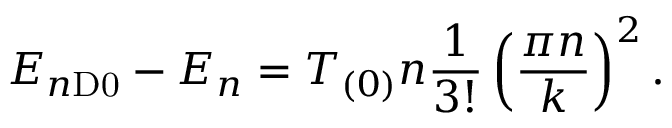
E _ { n \mathrm { D 0 } } - E _ { n } = T _ { ( 0 ) } n { \frac { 1 } { 3 ! } } \left( { \frac { \pi n } { k } } \right) ^ { 2 } .